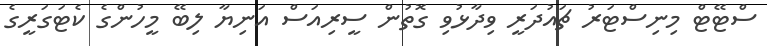
ސްޓޭޓް މިނިސްޓަރު ޗައުދަރީ ވިދާޅުވި ގޮތުން ސީރިއަސް އަނިޔާ ލިބޭ މީހުންގެ ކެޓަގަރީގެ